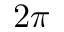
2 \pi